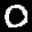
Label: 0